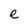
Character: e